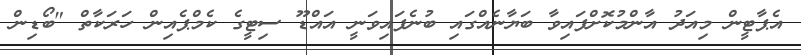
އެޕާޓީން މިއަދު އާންމުކޮށްފައިވާ ބަޔާނެއްގައި ބުނެފައިވަނީ އައްޑޫ ސިޓީގެ ކެމްޕެއިން ހަރަކާތް "ބޯޑިން